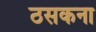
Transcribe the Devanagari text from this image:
ठसकना